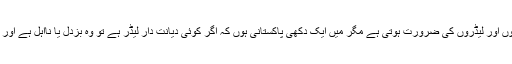
جانداروں کے کسی بھی گروہ کو منظم رکھنے کے لیے چرواہوں اور لیڈروں کی ضرورت ہوتی ہے مگر میں ایک دکھی پاکستانی ہوں کہ اگر کوئی دیانت دار لیڈر ہے تو وہ بزدل یا نااہل ہے اور اگر بظاہر کام کا ہے تو اندر سے پرلے درجے کا بدمعاش ہے۔